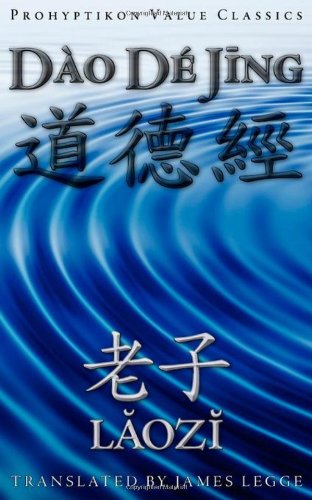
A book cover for Dao De Jing, or the Tao Te Ching; Lao Tzu Laozi; Religion & Spirituality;